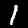
Label: 1